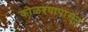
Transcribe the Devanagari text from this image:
कोळश्यापासून